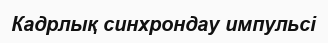
Кадрлық синхрондау импульсі